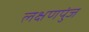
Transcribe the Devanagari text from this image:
लक्षणपुंज